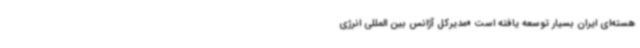
هسته‌ای ایران بسیار توسعه یافته است «مدیرکل آژانس بین المللی انرژی